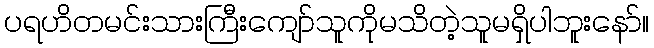
ပရဟိတမင်းသားကြီးကျော်သူကိုမသိတဲ့သူမရှိပါဘူးနော်။